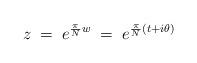
LaTeX: \begin{align*}z \;=\; e^{\frac{\pi}{N}w} \;=\; e^{\frac{\pi}{N}(t+i\theta)}\end{align*}